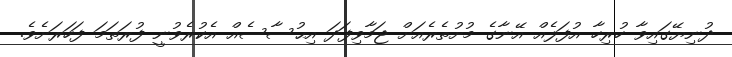
ދުނިޔޭގައިވާ ހުރިހާ އުފަލެއް އޭނާގެ މުށުތެރެއަށް ޖަމާވިފަދަ އިޙުސާސެއް އެކުރެވުނީ ފުރަތަމަ ފަހަރަށެވެ.